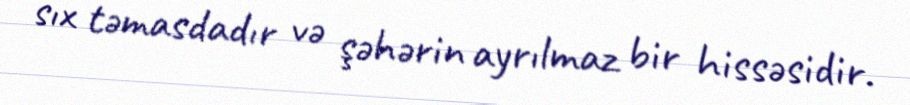
sıx təmasdadır və şəhərin ayrılmaz bir hissəsidir.